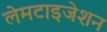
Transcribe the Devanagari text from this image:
लेमटाइजेशन